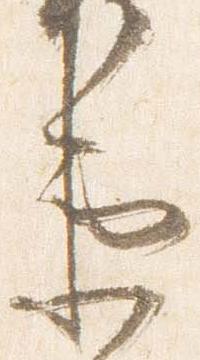
衛